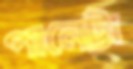
পানেট্টা